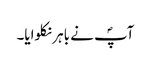
آپؐ نے باہر نکلوایا۔